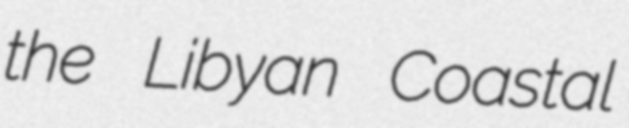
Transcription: the Libyan Coastal